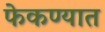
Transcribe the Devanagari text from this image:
फेकण्यात